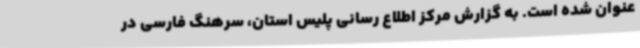
عنوان شده است. به گزارش مرکز اطلاع رسانی پلیس استان، سرهنگ فارسی در